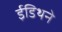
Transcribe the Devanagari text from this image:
ईडिथने